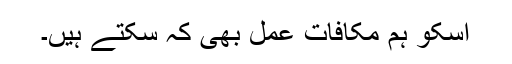
اسکو ہم مکافات عمل بھی کہ سکتے ہیں۔